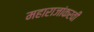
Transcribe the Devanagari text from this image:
महाराजांकरवी